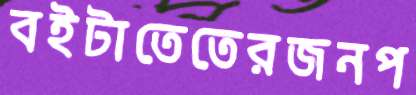
বইটাতেতেরজনপ